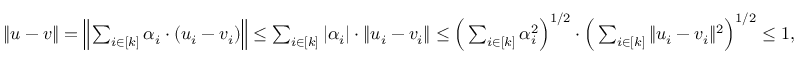
\begin{array} { r } { \| u - v \| = \Big \| \sum _ { i \in [ k ] } { \alpha _ { i } \cdot ( u _ { i } - v _ { i } ) } \Big \| \leq \sum _ { i \in [ k ] } { | \alpha _ { i } | \cdot \| u _ { i } - v _ { i } \| } \leq \Big ( \sum _ { i \in [ k ] } { \alpha _ { i } ^ { 2 } } \Big ) ^ { 1 / 2 } \cdot \Big ( \sum _ { i \in [ k ] } { \| u _ { i } - v _ { i } \| ^ { 2 } } \Big ) ^ { 1 / 2 } \leq 1 , } \end{array}